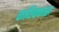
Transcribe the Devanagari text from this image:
कयिक्कारा